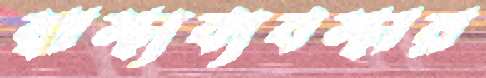
স্বাস্থ্যব্যবস্থার